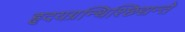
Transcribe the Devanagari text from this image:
हृदयग्रन्थिश्छिद्यन्ते